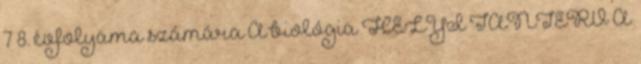
7 8. évfolyama számára A biológia HELYI TANTERV A